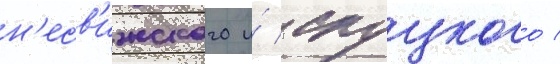
н'есв'ижского и́ слуцкого /